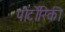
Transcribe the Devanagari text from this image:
पोर्टोरिकी